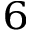
_ 6